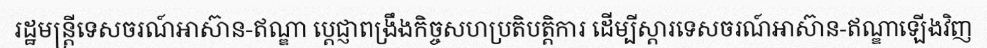
រដ្ឋមន្ត្រីទេសចរណ៍អាស៊ាន-ឥណ្ឌា ប្តេជ្ញាពង្រឹងកិច្ចសហប្រតិបត្តិការ ដើម្បីស្តារទេសចរណ៍អាស៊ាន-ឥណ្ឌាឡើងវិញ